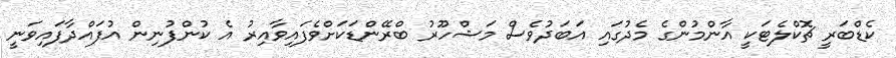
ކެޑްބަރީ ޗޮކްލެޓަކީ އާންމުންގެ މެދުގައި އަބަދުވެސް މަޝްހޫރު ބްރޭންޑަކަށްވެފައިވާއިރު އެ ކުންފުނިން އުފައްދާފައިވަނީ